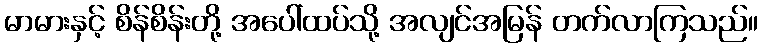
မာမားနှင့် စိန်စိန်းတို့ အပေါ်ထပ်သို့ အလျင်အမြန် တက်လာကြသည်။